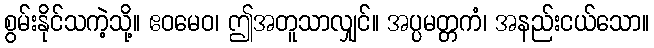
စွမ်းနိုင်သကဲ့သို့။ ဧဝမေဝ၊ ဤအတူသာလျှင်။ အပ္ပမတ္တကံ၊ အနည်းငယ်သော။